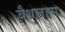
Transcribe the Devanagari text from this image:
बैथलहम